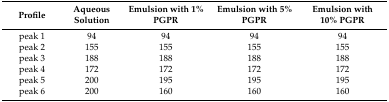
| Profile | Aqueous Solution | Emulsion with 1% PGPR | Emulsion with 5% PGPR | Emulsion with 10% PGPR |
 | --- | --- | --- | --- | --- |
 | peak 1 | 94 | 94 | 94 | 94 |
 | peak 2 | 155 | 155 | 155 | 155 |
 | peak 3 | 188 | 188 | 188 | 188 |
 | peak 4 | 172 | 172 | 172 | 172 |
 | peak 5 | 200 | 195 | 195 | 195 |
 | peak 6 | 200 | 160 | 160 | 160 |